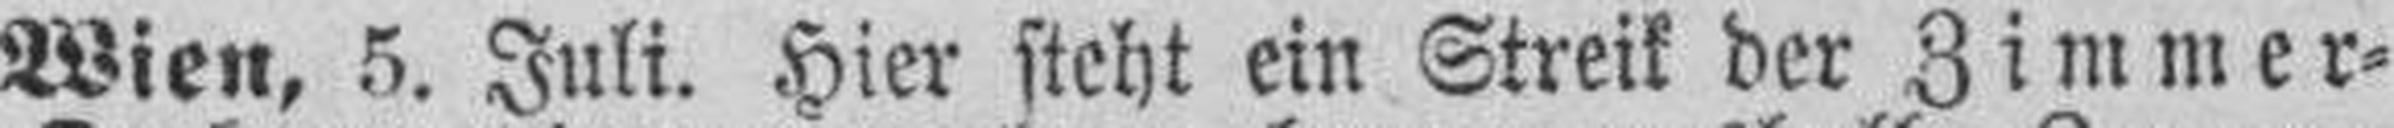
Wien, 5. Juli. Hier steht ein Streik der Zimmer=